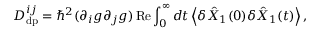
D _ { \mathrm { d p } } ^ { i j } = \hbar ^ { 2 } ( \partial _ { i } g \partial _ { j } g ) \operatorname { R e } \int _ { 0 } ^ { \infty } d t \left\langle \delta \hat { X } _ { 1 } ( 0 ) \delta \hat { X } _ { 1 } ( t ) \right\rangle ,